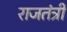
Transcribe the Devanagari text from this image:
राजतंत्री